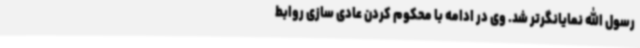
رسول الله نمایانگرتر شد. وی در ادامه با محکوم کردن عادی سازی روابط